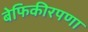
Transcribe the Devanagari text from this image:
बेफिकीरपणा